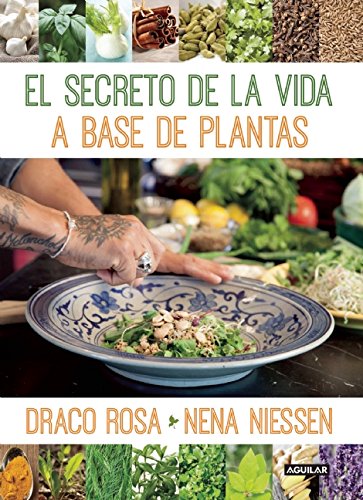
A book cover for El secreto de la vida a base de plantas (Spanish Edition); Draco Rosa; Medical Books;